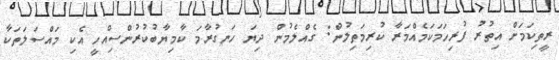
ރީތިކަމަށް އިތުރު ފުރިހަމަކަމެއްމަރާ ކުރިމަތިލުން: ގެއްލެމުން ދިޔަ ހަނގުރާމަ ކާމިޔާބުކުރުންސިއްހީ އެކި މައްސަލަތަކާ